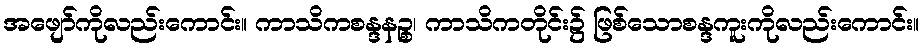
အဖျော်ကိုလည်းကောင်း။ ကာသိကစန္ဒနဉ္စ၊ ကာသိကတိုင်း၌ ဖြစ်သောစန္ဒကူးကိုလည်းကောင်း။